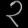
Digit: ၃